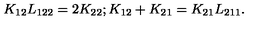
K _ { 1 2 } L _ { 1 2 2 } = 2 K _ { 2 2 } ; K _ { 1 2 } + K _ { 2 1 } = K _ { 2 1 } L _ { 2 1 1 } .